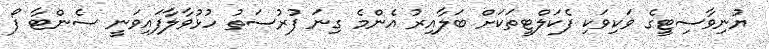
ޔުނިވާސިޓީގެ ވަކިވަކި ފެކަލްޓީތަކަށް ބަލާއިރު އެންމެ ގިނަ ފުރުސަތު ހުޅުވާލާފައިވަނީ ސެންޓާ ފޯ